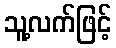
သူ့လက်ဖြင့်